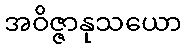
အဝိဇ္ဇာနုသယော